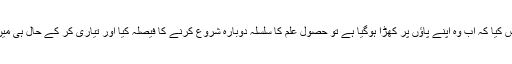
گزشتہ برس جب اُس نے محسوس کیا کہ اب وہ اپنے پاؤں پر کھڑا ہوگیا ہے تو حصولِ علم کا سلسلہ دوبارہ شروع کرنے کا فیصلہ کیا اور تیاری کر کے حال ہی میں نویں جماعت کا امتحان دیا تھا۔